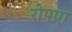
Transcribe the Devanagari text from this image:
रोपएा